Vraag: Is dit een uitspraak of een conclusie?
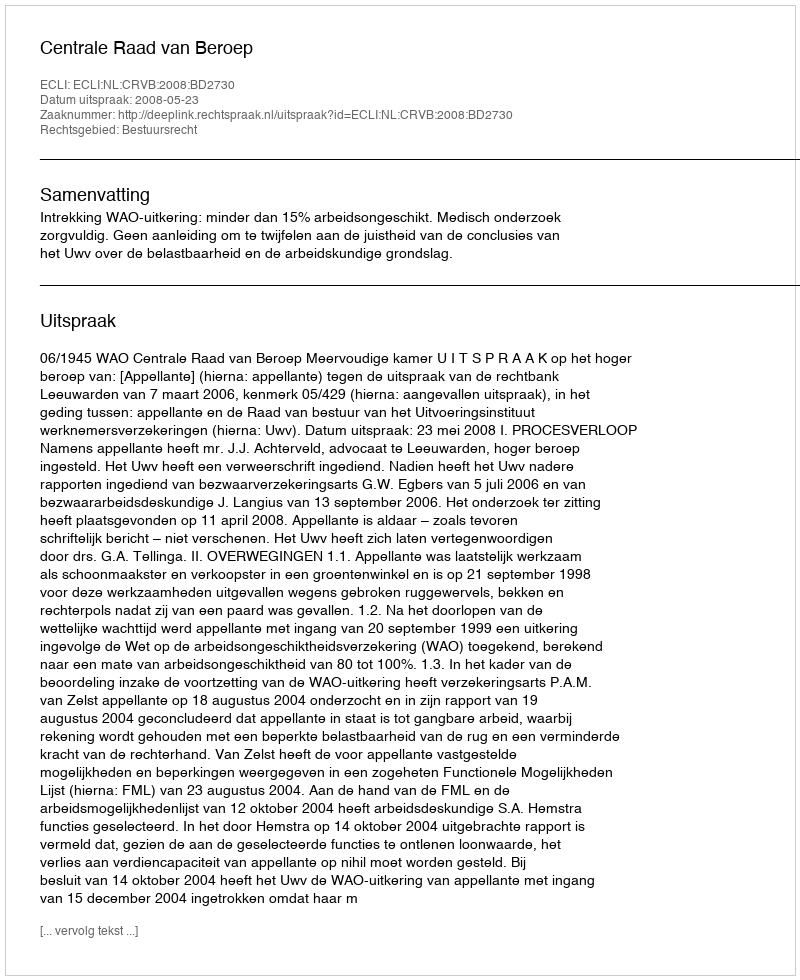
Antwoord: Uitspraak